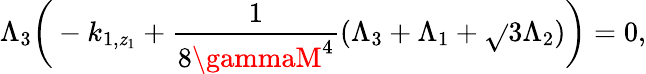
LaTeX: \Lambda_{3}\bigg(-k_{1,\mathit{z}_{1}}+\frac{{1}}{{8\gammaM^{4}}}(\Lambda_{3}+\Lambda_{1}+\sqrt{}{{3}}\Lambda_{2})\bigg)=0,